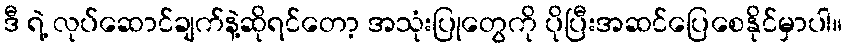
ဒီ ရဲ့ လုပ်ဆောင်ချက်နဲ့ဆိုရင်တော့ အသုံးပြုတွေကို ပိုပြီးအဆင်ပြေစေနိုင်မှာပါ။